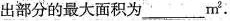
出部分的最大面积为_______m^{2}.